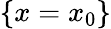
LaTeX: \{ x=x_{0}\}